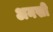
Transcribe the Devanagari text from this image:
अनखी